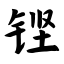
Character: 铿